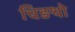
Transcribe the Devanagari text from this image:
चिङथो